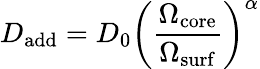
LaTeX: D_{\mathrm{add}}=D_{0}\left(\frac{\Omega_{\mathrm{core}}}{\Omega_{\mathrm{surf}}}\right)^{\alpha}